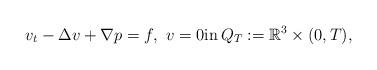
LaTeX: \begin{align*}v_t-\Delta v +\nabla p =f, \ v=0 \mbox{in}\, Q_T:=\mathbb{R}^3\times (0,T),\end{align*}